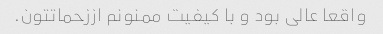
واقعا عالی بود و با کیفیت ممنونم اززحماتتون.